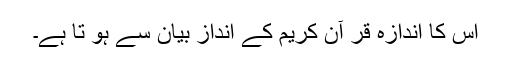
اس کا اندازہ قر آن کریم کے انداز بیان سے ہو تا ہے۔